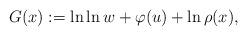
LaTeX: \begin{align*}G(x) := \ln \ln w + \varphi (u) + \ln \rho(x) ,\end{align*}